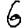
Digit: 6